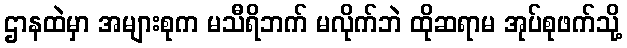
ဌာနထဲမှာ အများစုက မသီရိဘက် မလိုက်ဘဲ ထိုဆရာမ အုပ်စုဖက်သို့